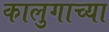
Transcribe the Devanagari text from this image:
कालुगाच्या